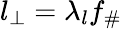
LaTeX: l_{\bot}=\lambda_{l}f_{\# }